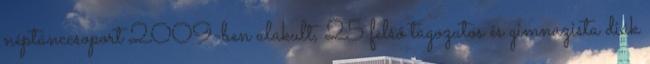
néptánccsoport 2009-ben alakult, 25 felső tagozatos és gimnazista diák